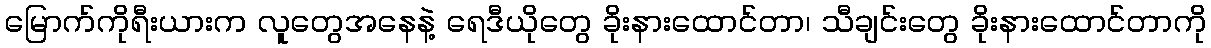
မြောက်ကိုရီးယားက လူတွေအနေနဲ့ ရေဒီယိုတွေ ခိုးနားထောင်တာ၊ သီချင်းတွေ ခိုးနားထောင်တာကို